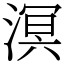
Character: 溟